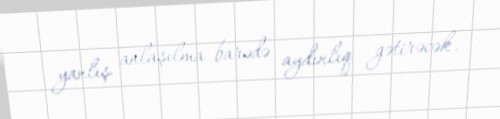
yanlış anlaşılma barədə aydınlıq gətirəcək.